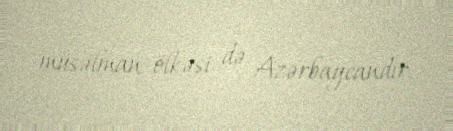
müsəlman ölkəsi də Azərbaycandır.